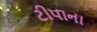
ટીપાના